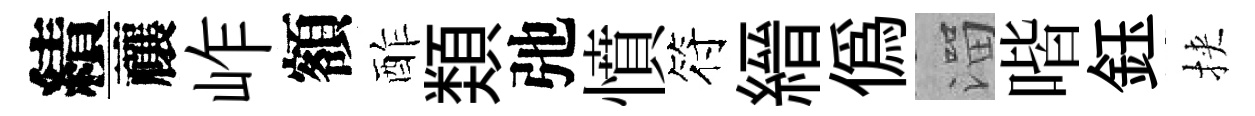
績禳岞額酢𩔖弛憤符縉偽溜喈鈺挾